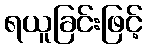
ရယူခြင်းဖြင့်